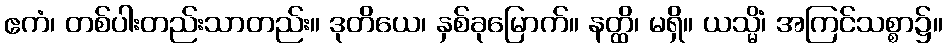
ဧကံ၊ တစ်ပါးတည်းသာတည်း။ ဒုတိယေ၊ နှစ်ခုမြောက်။ နတ္ထိ၊ မရှိ။ ယသ္မိံ၊ အကြင်သစ္စာ၌။